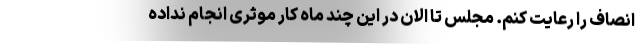
انصاف را رعایت کنم. مجلس تا الان در این چند ماه کار موثری انجام نداده